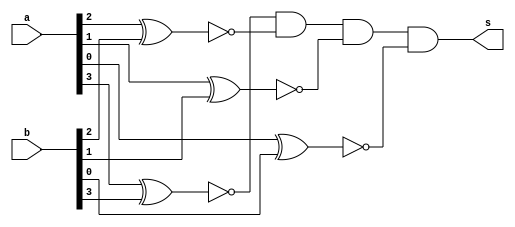
//---------------------------------------------------
//Exemplo0036 - Operaes de igualdade e diferena selecionveis
//Nome: Mateus Guilherme do Carmo Cruz
//Matrcula: 427446
//--------------------------------------------------------

module operation(output s,input [3:0]a, input[3:0]b);
	wire aux[3:0];
	xnor xnor1(aux[3],a[3],b[3]);
	xnor xnor2(aux[2],a[2],b[2]);
	xnor xnor3(aux[1],a[1],b[1]);
	xnor xnor4(aux[0],a[0],b[0]);
	
	and and1(s,aux[3],aux[2],aux[1],aux[0]);
	
endmodule//operation

module chave(s2, a, sinal);
	input a;
	input sinal;
	output s2;
	reg s2;
	
	always @(s2 or a or sinal)
	begin
		if(~sinal)
			s2 = a;
		else
			s2 = ~a;
	end
endmodule//chave

module principal;
	//definir dados
	reg[3:0]a;
	reg[3:0]b;
	wire s0;
	wire final;
	reg key;
	
	initial begin:start
		a = 4'b0000;
		b = 4'b0101;
		key = 1'b0;
	end
	
	//instanciar
	operation op1(s0,a,b);
	chave chave1(final,s0,key);
	
	initial begin:main
		$display("Exemplo0036 - Mateus Guilherme do Carmo Cruz - 427446");
		$display("LU's test - operaes de igualdade e diferena selecionveis");
		$display("key = 0 (equals), key = 1(different)");
		$display("key : a - b = s");
		$monitor("%b : %4b - %4b = %b", key, a, b, final);
		#1 key = 1'b1;
		#1 a = 4'b0111; b = 4'b0111; key = 1'b0;
		#1 key = 1'b1;
	end
endmodule//principal